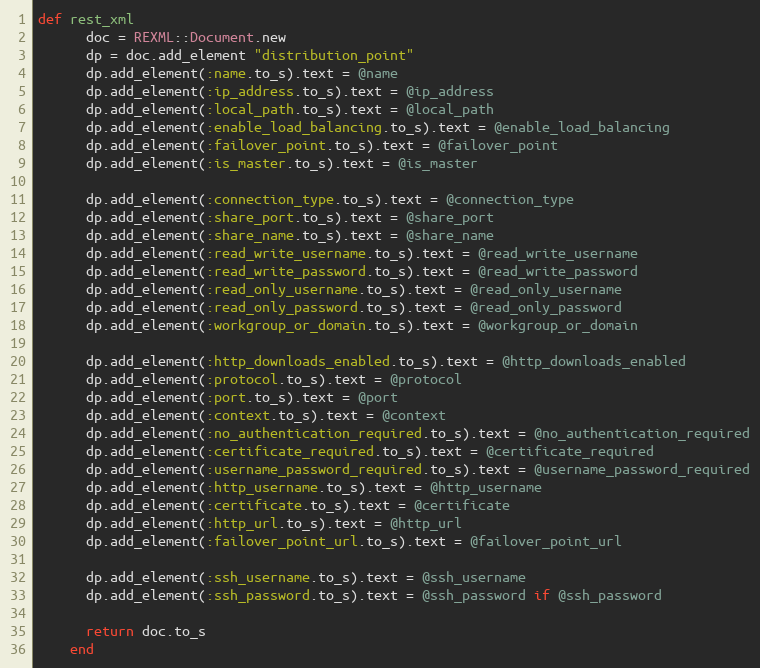
Language: Ruby
def rest_xml
      doc = REXML::Document.new
      dp = doc.add_element "distribution_point"
      dp.add_element(:name.to_s).text = @name
      dp.add_element(:ip_address.to_s).text = @ip_address
      dp.add_element(:local_path.to_s).text = @local_path
      dp.add_element(:enable_load_balancing.to_s).text = @enable_load_balancing
      dp.add_element(:failover_point.to_s).text = @failover_point
      dp.add_element(:is_master.to_s).text = @is_master

      dp.add_element(:connection_type.to_s).text = @connection_type
      dp.add_element(:share_port.to_s).text = @share_port
      dp.add_element(:share_name.to_s).text = @share_name
      dp.add_element(:read_write_username.to_s).text = @read_write_username
      dp.add_element(:read_write_password.to_s).text = @read_write_password
      dp.add_element(:read_only_username.to_s).text = @read_only_username
      dp.add_element(:read_only_password.to_s).text = @read_only_password
      dp.add_element(:workgroup_or_domain.to_s).text = @workgroup_or_domain

      dp.add_element(:http_downloads_enabled.to_s).text = @http_downloads_enabled
      dp.add_element(:protocol.to_s).text = @protocol
      dp.add_element(:port.to_s).text = @port
      dp.add_element(:context.to_s).text = @context
      dp.add_element(:no_authentication_required.to_s).text = @no_authentication_required
      dp.add_element(:certificate_required.to_s).text = @certificate_required
      dp.add_element(:username_password_required.to_s).text = @username_password_required
      dp.add_element(:http_username.to_s).text = @http_username
      dp.add_element(:certificate.to_s).text = @certificate
      dp.add_element(:http_url.to_s).text = @http_url
      dp.add_element(:failover_point_url.to_s).text = @failover_point_url

      dp.add_element(:ssh_username.to_s).text = @ssh_username
      dp.add_element(:ssh_password.to_s).text = @ssh_password if @ssh_password

      return doc.to_s
    end